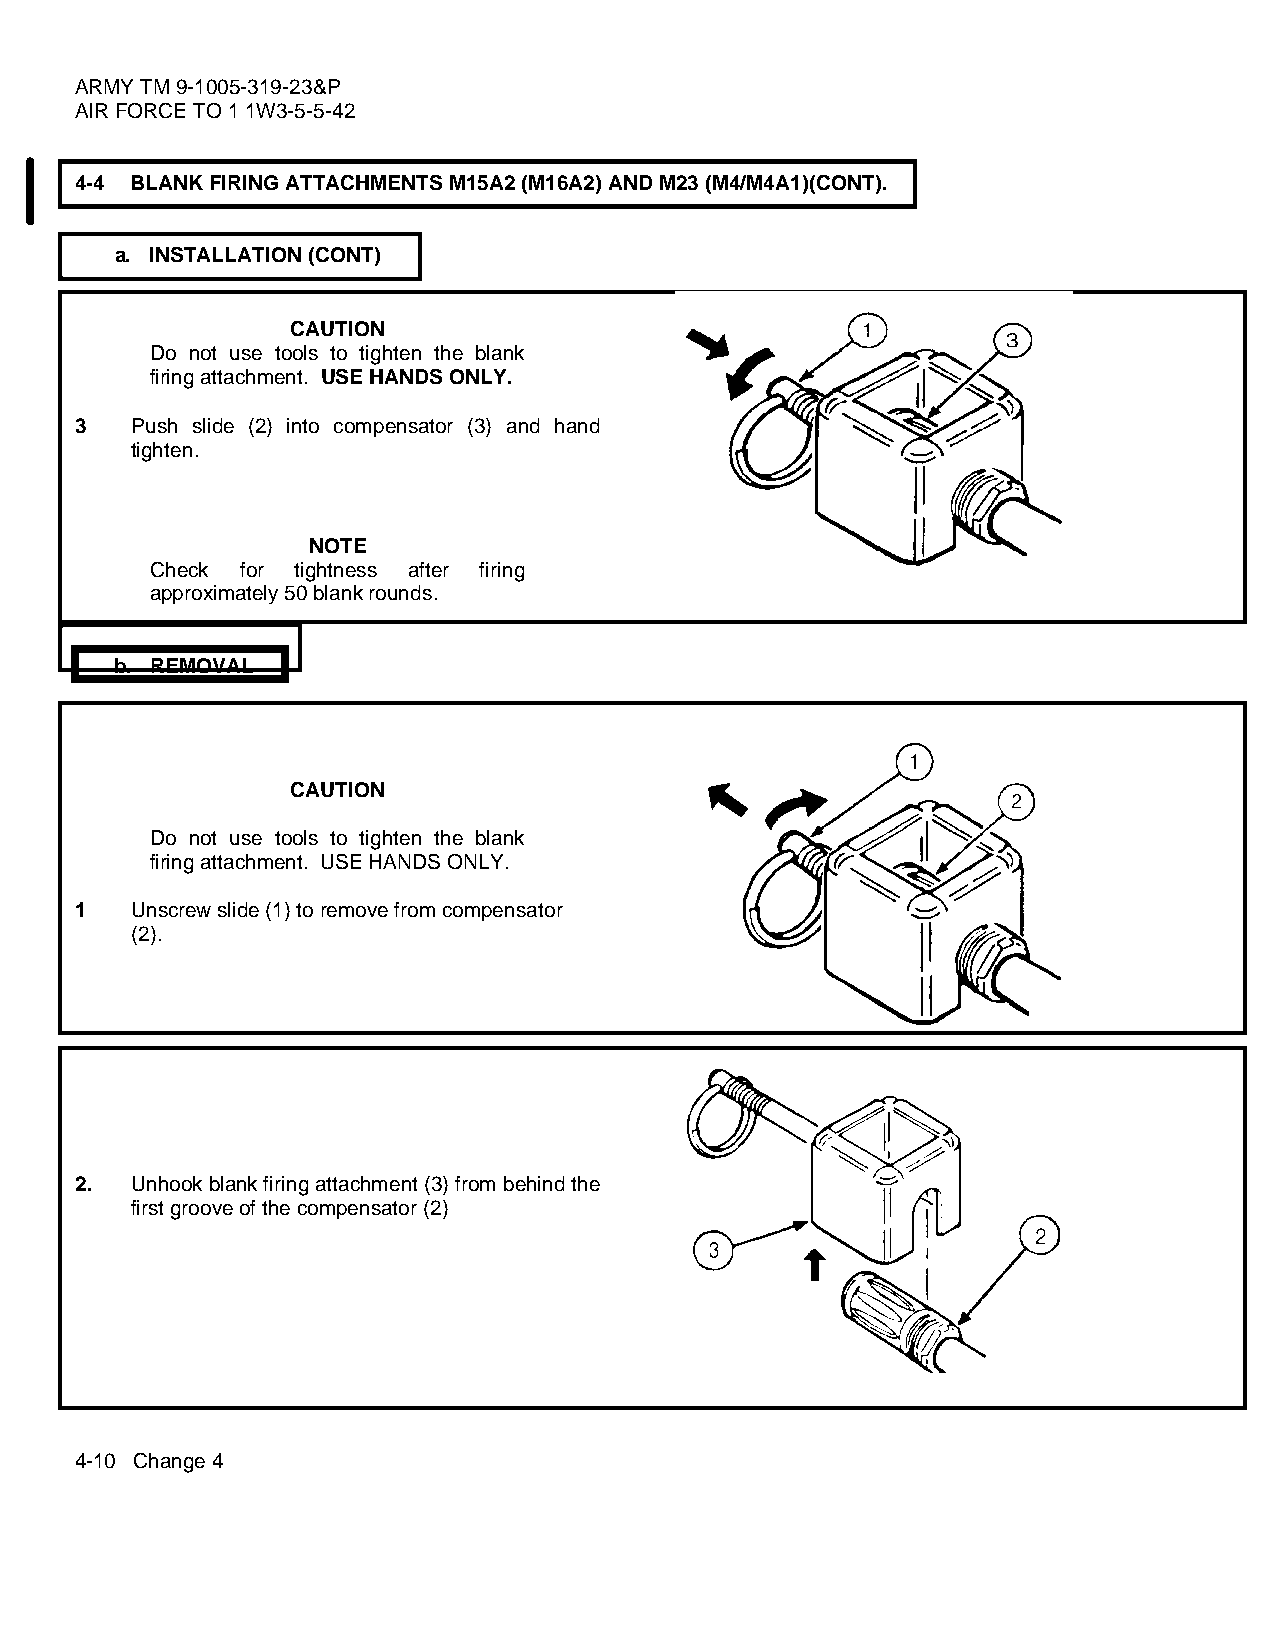
ARMY TM 9-1005-319-23&P
 AIR FORCE TO 1 1W3-5-5-42
 4-4 BLANK FIRING ATTACHMENTS M15A2 (M16A2) AND M23 (M4/M4A1)(CONT).
 a. INSTALLATION (CONT)
 CAUTION
 Do not use tools to tighten the blank
 firing attachment. USE HANDS ONLY.
 3   Push slide (2) into compensator (3) and hand
 tighten.
 NOTE
 Check for tightness after firing
 approximately 50 blank rounds.
 b. REMOVAL
 CAUTION
 Do not use tools to tighten the blank
 firing attachment. USE HANDS ONLY.
 1   Unscrew slide (1) to remove from compensator
 (2).
 2.  Unhook blank firing attachment (3) from behind the
 first groove of the compensator (2)
 4-10 Change 4